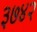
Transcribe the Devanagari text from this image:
३७४२